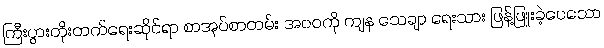
ကြီးပွားတိုးတက်ရေးဆိုင်ရာ စာအုပ်စာတမ်း အဝဝကို ကျန သေချာ ရေးသား ဖြန့်ဖြူးခဲ့ပေသော